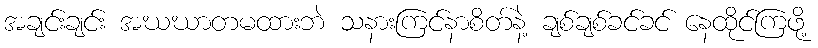
အချင်းချင်း အဃဃာတမထားဘဲ သနားကြင်နာစိတ်နဲ့ ချစ်ချစ်ခင်ခင် နေထိုင်ကြဖို့